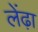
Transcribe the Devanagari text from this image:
लेंढ़ा